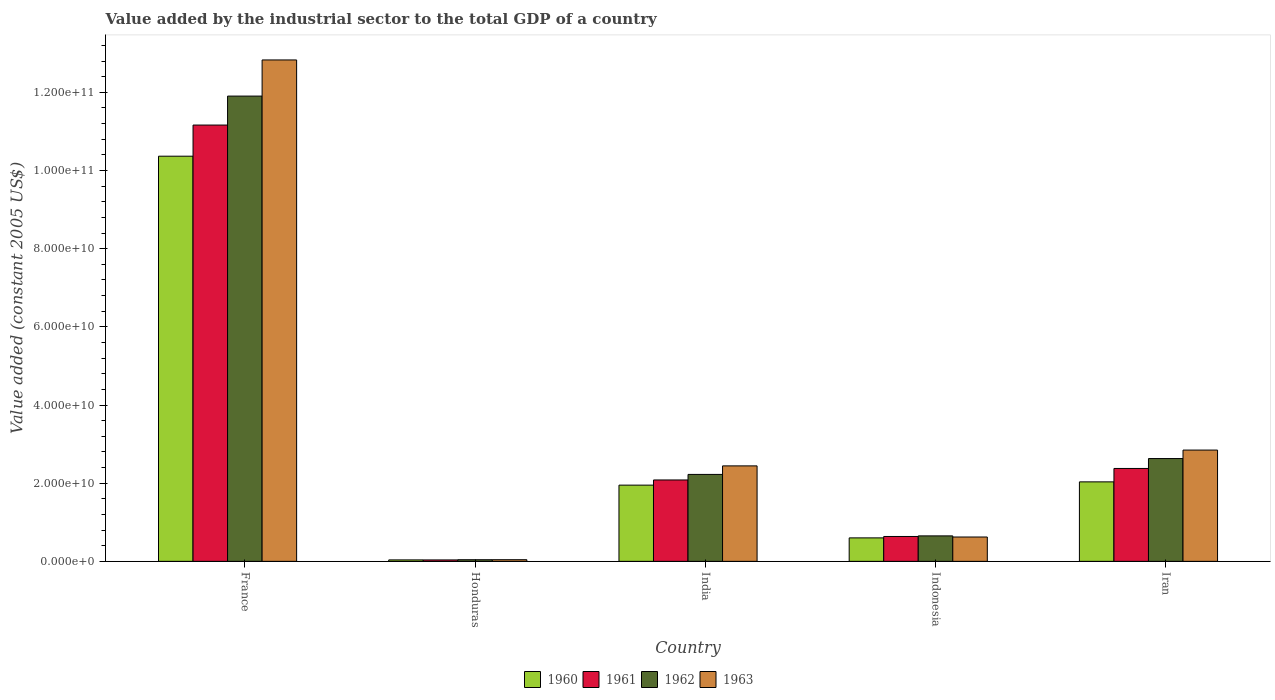
| Country | 1960 | 1961 | 1962 | 1963 |
 | --- | --- | --- | --- | --- |
 | France | 1.04e+11 | 1.12e+11 | 1.19e+11 | 1.28e+11 |
 | Honduras | 3.75e+08 | 3.66e+08 | 4.16e+08 | 4.23e+08 |
 | India | 1.95e+10 | 2.08e+10 | 2.22e+10 | 2.44e+10 |
 | Indonesia | 6.01e+09 | 6.37e+09 | 6.52e+09 | 6.23e+09 |
 | Iran | 2.03e+10 | 2.38e+10 | 2.63e+10 | 2.85e+10 |